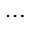
\dots